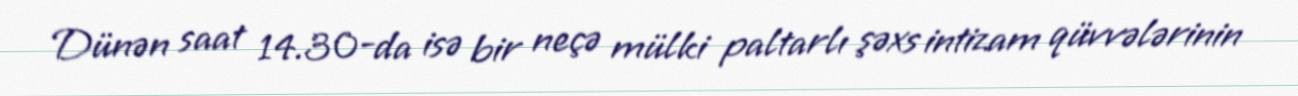
Dünən saat 14.30-da isə bir neçə mülki paltarlı şəxs intizam qüvvələrinin